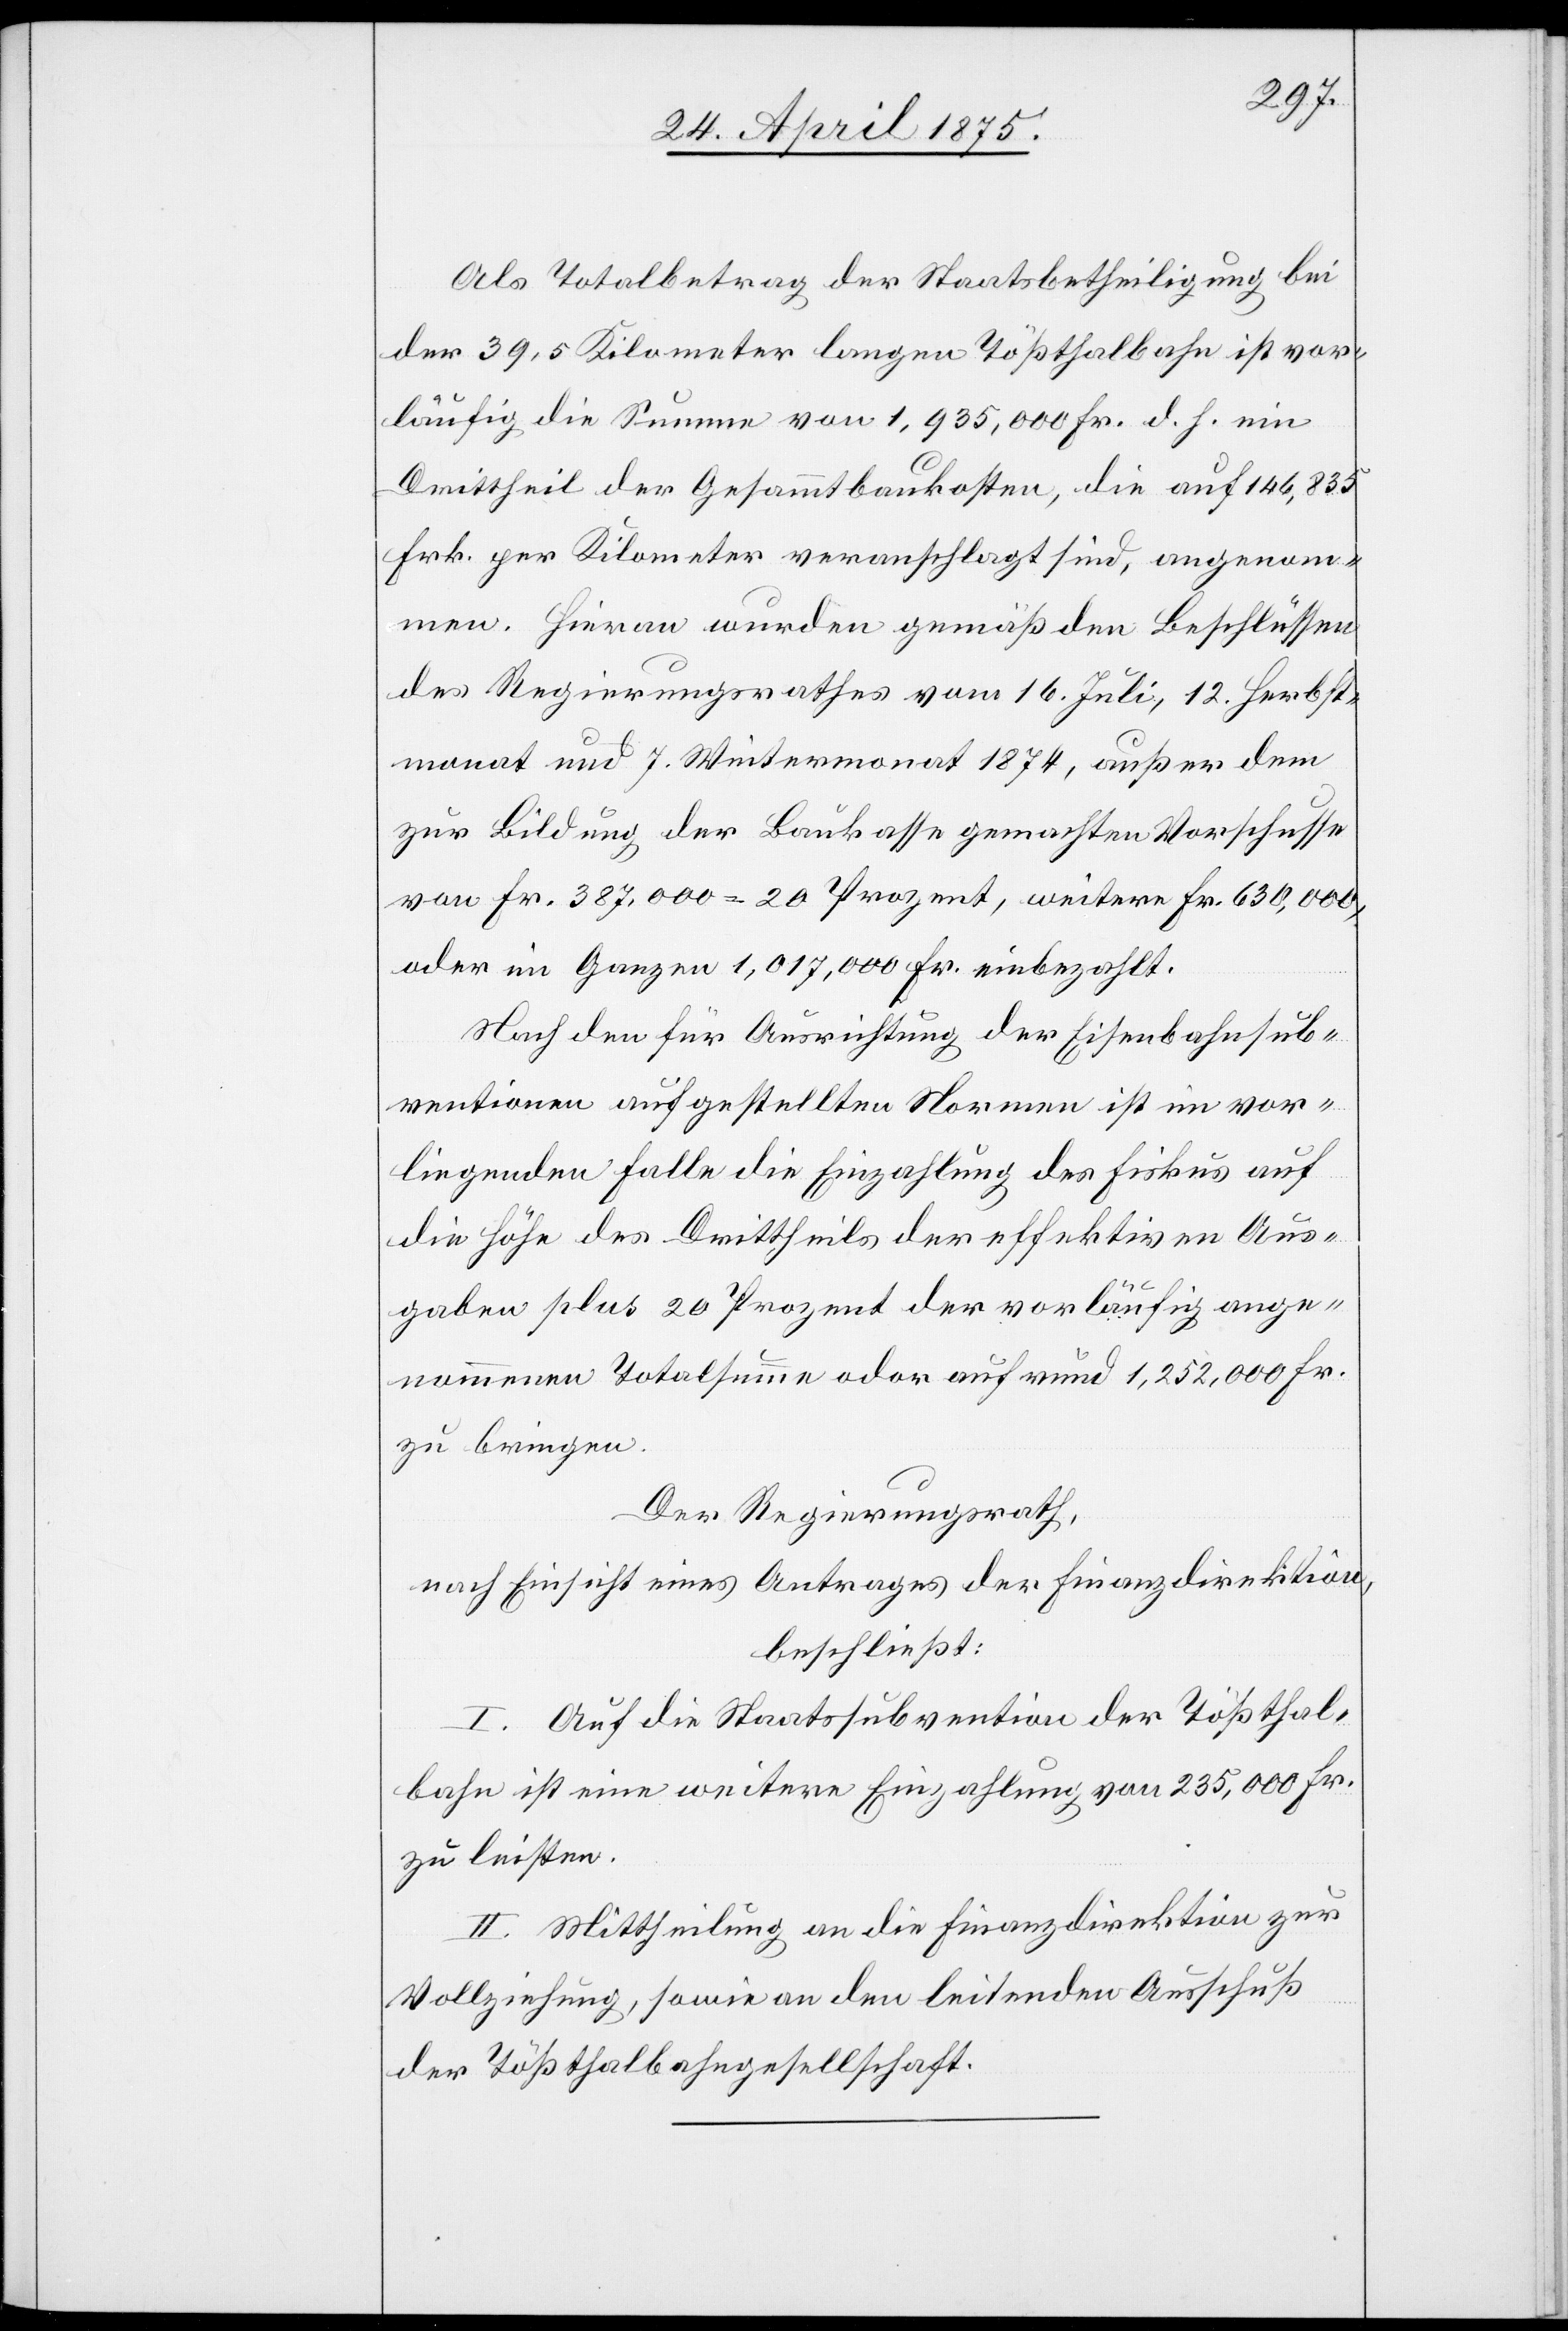
Als Totalbetrag der Staatsbetheiligung bei
der 39,5 Kilometer langen Tößthalbahn ist vor¬
läufig die Summe von 1,935,000 Fr. d. h. ein
Drittheil der Gesammtbaukosten, die auf 146,835
Frk. per Kilometer veranschlagt sind, angenom¬
men. Hievon wurden gemäß den Beschlüssen
des Regierungsrath vom 16. Juli, 12. Herbst¬
monat und 7. Wintermonat 1874, außer dem
zur Bildung der Baukasse gemachten Vorschusse
von Fr. 387,000 = 20 Prozent, weitere Fr. 630,000,
oder im Ganzen 1,017,000 Fr. einbezahlt.
Nach dem für Ausrichtung der Eisenbahnsub¬
ventionen aufgestellten Normen ist im vor¬
liegenden Falle die Einzahlung des Fiskus auf
die Höhe des Drittheils der effektiven Aus¬
gaben plus 20 Prozent der vorläufig ange¬
nommenen Totalsumme oder auf rund 1,252,000 Fr.
zu bringen.
Der Regierungsrath,
nach Einsicht eines Antrages der Finanzdirektion,
beschließt:
I. Auf die Staatssubvention der Tößthal¬
bahn ist eine weitere Einzahlung von 235,000 Fr.
zu leisten.
II. Mittheilung an die Finanzdirektion zur
Vollziehung, sowie an den leitenden Ausschuß
der Tößthalbahngesellschaft.